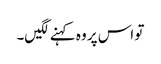
تو اس پر وہ کہنے لگیں۔